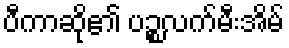
ပီကာဆို၏ ပဉ္စလက်မီးအိမ်